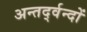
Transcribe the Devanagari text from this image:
अन्तर्द्वन्दों